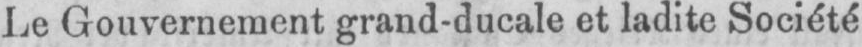
Le Gouvernement grand-ducale et ladite Société